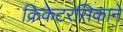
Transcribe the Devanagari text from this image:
क्रिकेटरसिकाने